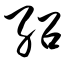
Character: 绍